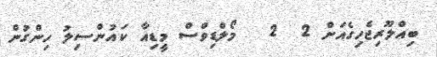
ބިއްލޫރިޖެހިގެއަށް 2  2   މޯލްޑިވްސް މީޑިއާ ކައުންސިލު ހިންގުން